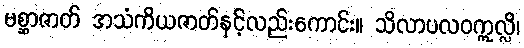
မစ္ဆာဇာတ် အသံကိယဇာတ်နှင့်လည်းကောင်း။ သိလာပလဝဣလ္လိ၊